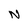
Character: N